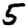
Digit: 5